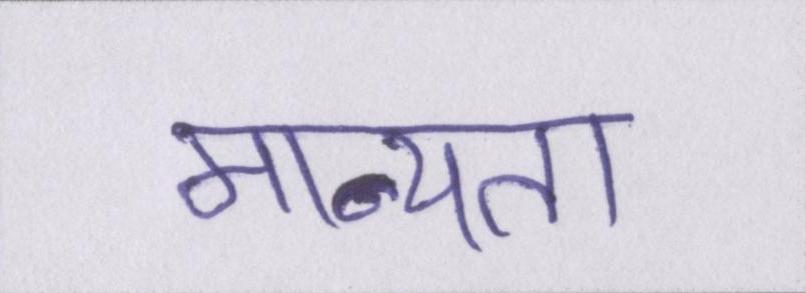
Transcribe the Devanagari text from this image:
मान्यता